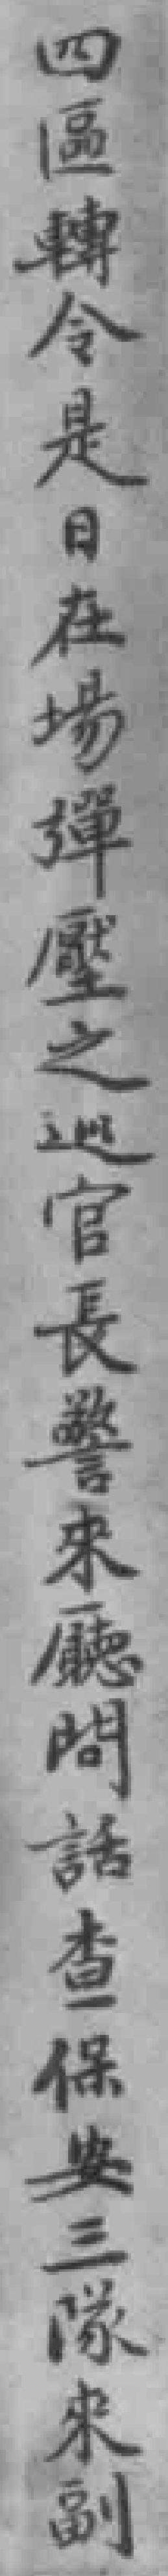
四區轉令是日在場彈塵之巡官長警來廳問話查保安三隊來副